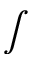
\textstyle \int